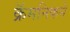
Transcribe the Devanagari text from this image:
क्रॅमनिकने